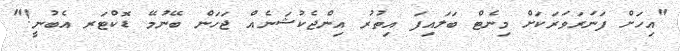
"އިހަށް ފަނަރަވަރަކަށް މިނެޓް ބަލައިފަ އިތުރު އިންޖެކުޝަނެއް ޖަހަން ބޭނުމޭ ޑޮކްޓަރ އެބުނީ!"